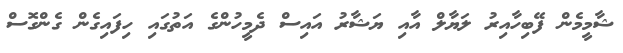
ޝާމީމެން ފޭބިހާއިރު ލަޔާލް އާއި ޔަޝާރު އައިސް ދެމީހުންގެ އަތުގައި ހިފައިގެން ގެންގޮސް